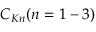
C _ { K n } ( n = 1 - 3 )